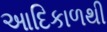
આદિકાળથી